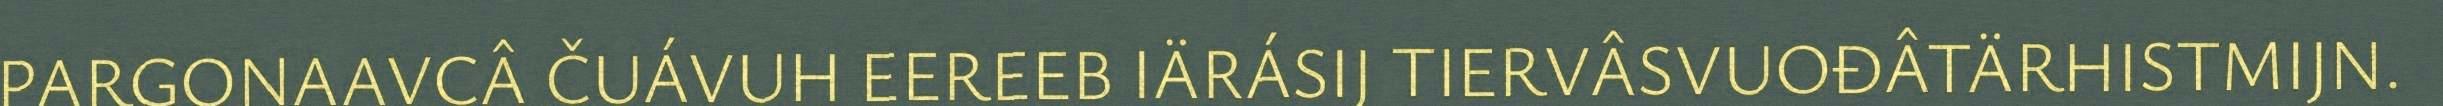
PARGONAAVCÂ ČUÁVUH EEREEB IÄRÁSIJ TIERVÂSVUOĐÂTÄRHISTMIJN.